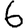
Digit: 6